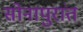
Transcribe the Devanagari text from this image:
सोनापुरांत